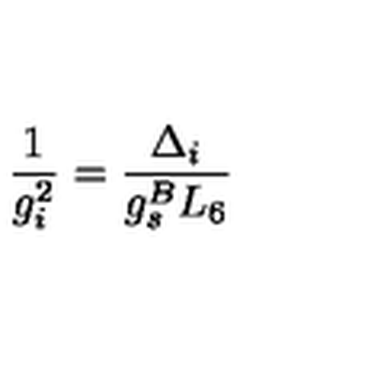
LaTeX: \frac { 1 } { g _ { i } ^ { 2 } } = \frac { \Delta _ { i } } { g _ { s } ^ { B } L _ { 6 } }